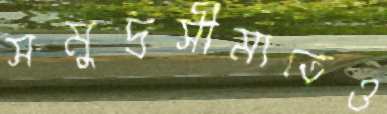
সমুদ্রসীমাতেও